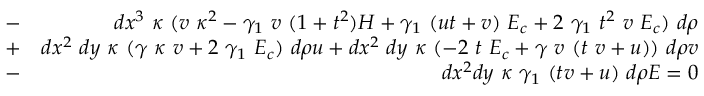
\begin{array} { r l r } & { - } & { d x ^ { 3 } ~ \kappa ~ ( v ~ \kappa ^ { 2 } - \gamma _ { 1 } ~ v ~ ( 1 + t ^ { 2 } ) H + \gamma _ { 1 } ~ ( u t + v ) ~ E _ { c } + 2 ~ \gamma _ { 1 } ~ t ^ { 2 } ~ v ~ E _ { c } ) ~ d \rho } \\ & { + } & { d x ^ { 2 } ~ d y ~ \kappa ~ ( \gamma ~ \kappa ~ v + 2 ~ \gamma _ { 1 } ~ E _ { c } ) ~ d \rho u + d x ^ { 2 } ~ d y ~ \kappa ~ ( - 2 ~ t ~ E _ { c } + \gamma ~ v ~ ( t ~ v + u ) ) ~ d \rho v } \\ & { - } & { d x ^ { 2 } d y ~ \kappa ~ \gamma _ { 1 } ~ ( t v + u ) ~ d \rho E = 0 } \end{array}